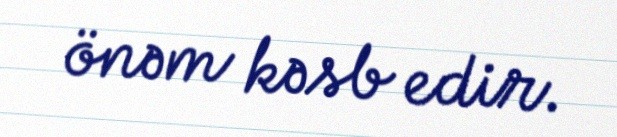
önəm kəsb edir.